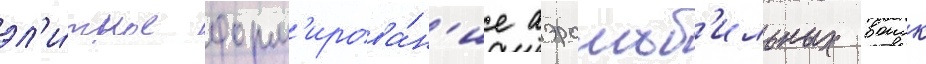
эл'и́тное форм'ирова́н'ие аэромоб'ильных воиск